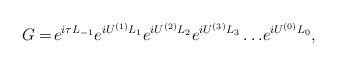
LaTeX: \begin{align*}G=\!e^{i\tau L_{-1}} e^{iU^{(1)}L_1} e^{iU^{(2)}L_2}e^{iU^{(3)}L_3}\ldots\! e^{i{U^{(0)}}L_0},\end{align*}